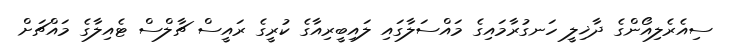
ސިއެރެލިއޯންގެ ދާޚިލީ ހަނގުރާމައިގެ މައްސަލާގައި ލައިބީރިއާގެ ކުރީގެ ރައީސް ޗާލްސް ޓެއިލާގެ މައްޗަށް